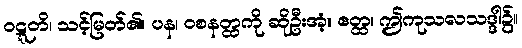
ဝဋ္ဋတိ၊ သင့်မြတ်၏။ ပန၊ ဝစနတ္ထကို ဆိုဦးအံ့။ ဧတ္ထ၊ ဤကုသလသဒ္ဒါ၌။